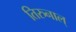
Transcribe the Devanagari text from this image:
तिरुनाल्